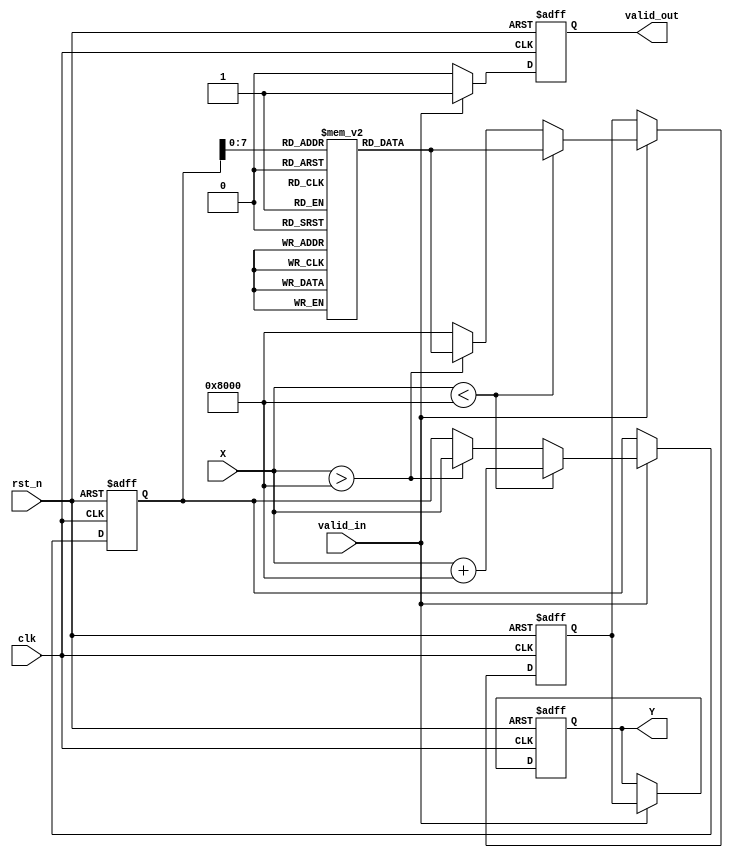
module acos_block #(
    parameter INPUT_WIDTH = 16,  // Width of input signal
    parameter OUTPUT_WIDTH = 16   // Width of output signal
)(
    input wire clk,                // Clock signal
    input wire rst_n,              // Active low reset
    input wire [INPUT_WIDTH-1:0] X, // Input signal in the range [-1, 1]
    input wire valid_in,           // Input valid signal
    output reg [OUTPUT_WIDTH-1:0] Y, // Output signal in the range [0, ]
    output reg valid_out           // Output valid signal
);

    // Lookup table for acos values (for simplicity, using a small range)
    reg [OUTPUT_WIDTH-1:0] acos_lut [0:255]; // LUT for acos values
    initial begin
        // Initialize the lookup table with precomputed acos values
        // Values should be scaled according to the fixed-point representation
        // Example values for demonstration (actual values should be computed)
        acos_lut[0]   = 16'h0000; // acos(1) = 0
        acos_lut[128] = 16'h8000; // acos(0) = /2
        acos_lut[255] = 16'hC000; // acos(-1) = 
        // Fill in the rest of the LUT with appropriate values
        // ...
    end

    // Internal signals
    reg [INPUT_WIDTH-1:0] x_reg;
    reg [OUTPUT_WIDTH-1:0] y_reg;

    // State machine for processing
    always @(posedge clk or negedge rst_n) begin
        if (!rst_n) begin
            valid_out <= 1'b0;
            Y <= 0;
            x_reg <= 0;
            y_reg <= 0;
        end else if (valid_in) begin
            // Check input range
            if (X < 16'h8000) begin // X < 0
                // Scale input to LUT index (assuming X is in fixed-point format)
                x_reg <= X + 16'h8000; // Shift to positive range for LUT
                y_reg <= acos_lut[x_reg[7:0]]; // Lookup value
            end else if (X > 16'h8000) begin // X > 0
                x_reg <= X; // Directly use X
                y_reg <= acos_lut[x_reg[7:0]]; // Lookup value
            end else begin
                // Handle out of bounds case (optional)
                y_reg <= 16'h8000; // Output /2 for X = 0
            end
            valid_out <= 1'b1; // Indicate output is valid
            Y <= y_reg; // Assign output
        end else begin
            valid_out <= 1'b0; // Reset valid output if input is not valid
        end
    end

endmodule